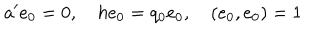
a ^ { \prime } e _ { 0 } = 0 , \quad h e _ { 0 } = q _ { 0 } e _ { 0 } , \quad ( e _ { 0 } , e _ { 0 } ) = 1